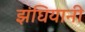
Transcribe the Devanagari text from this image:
झंघियानी